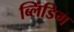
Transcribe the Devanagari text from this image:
ब्लिंडिग